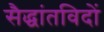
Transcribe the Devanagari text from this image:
सैद्धांतविदों